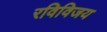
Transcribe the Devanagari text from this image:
रविविजय